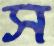
স